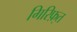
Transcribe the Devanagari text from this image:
गिरिफ़्त